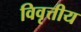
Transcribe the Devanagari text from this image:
विवृत्तीय